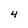
Character: 4